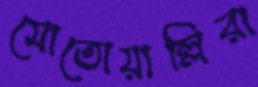
মোতোয়াল্লিরা